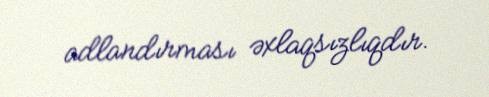
adlandırması əxlaqsızlıqdır.